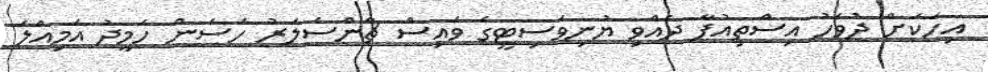
އިހަކަށް ދުވަހު އިސްތިއުފާ ދެއްވި ޔުނިވަސިޓީގެ ވައިސް ޗާންސެލަރު ހަސަން ހަމީދު އަމިއްލަ